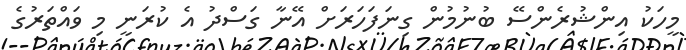
މީހަކު އިންޝުރެންސޭ ބުނުމުން ގިނަފަހަރަށް އޭނާ ގަސްދު އެ ކުރަނީ މި ވައްތަރުގެ